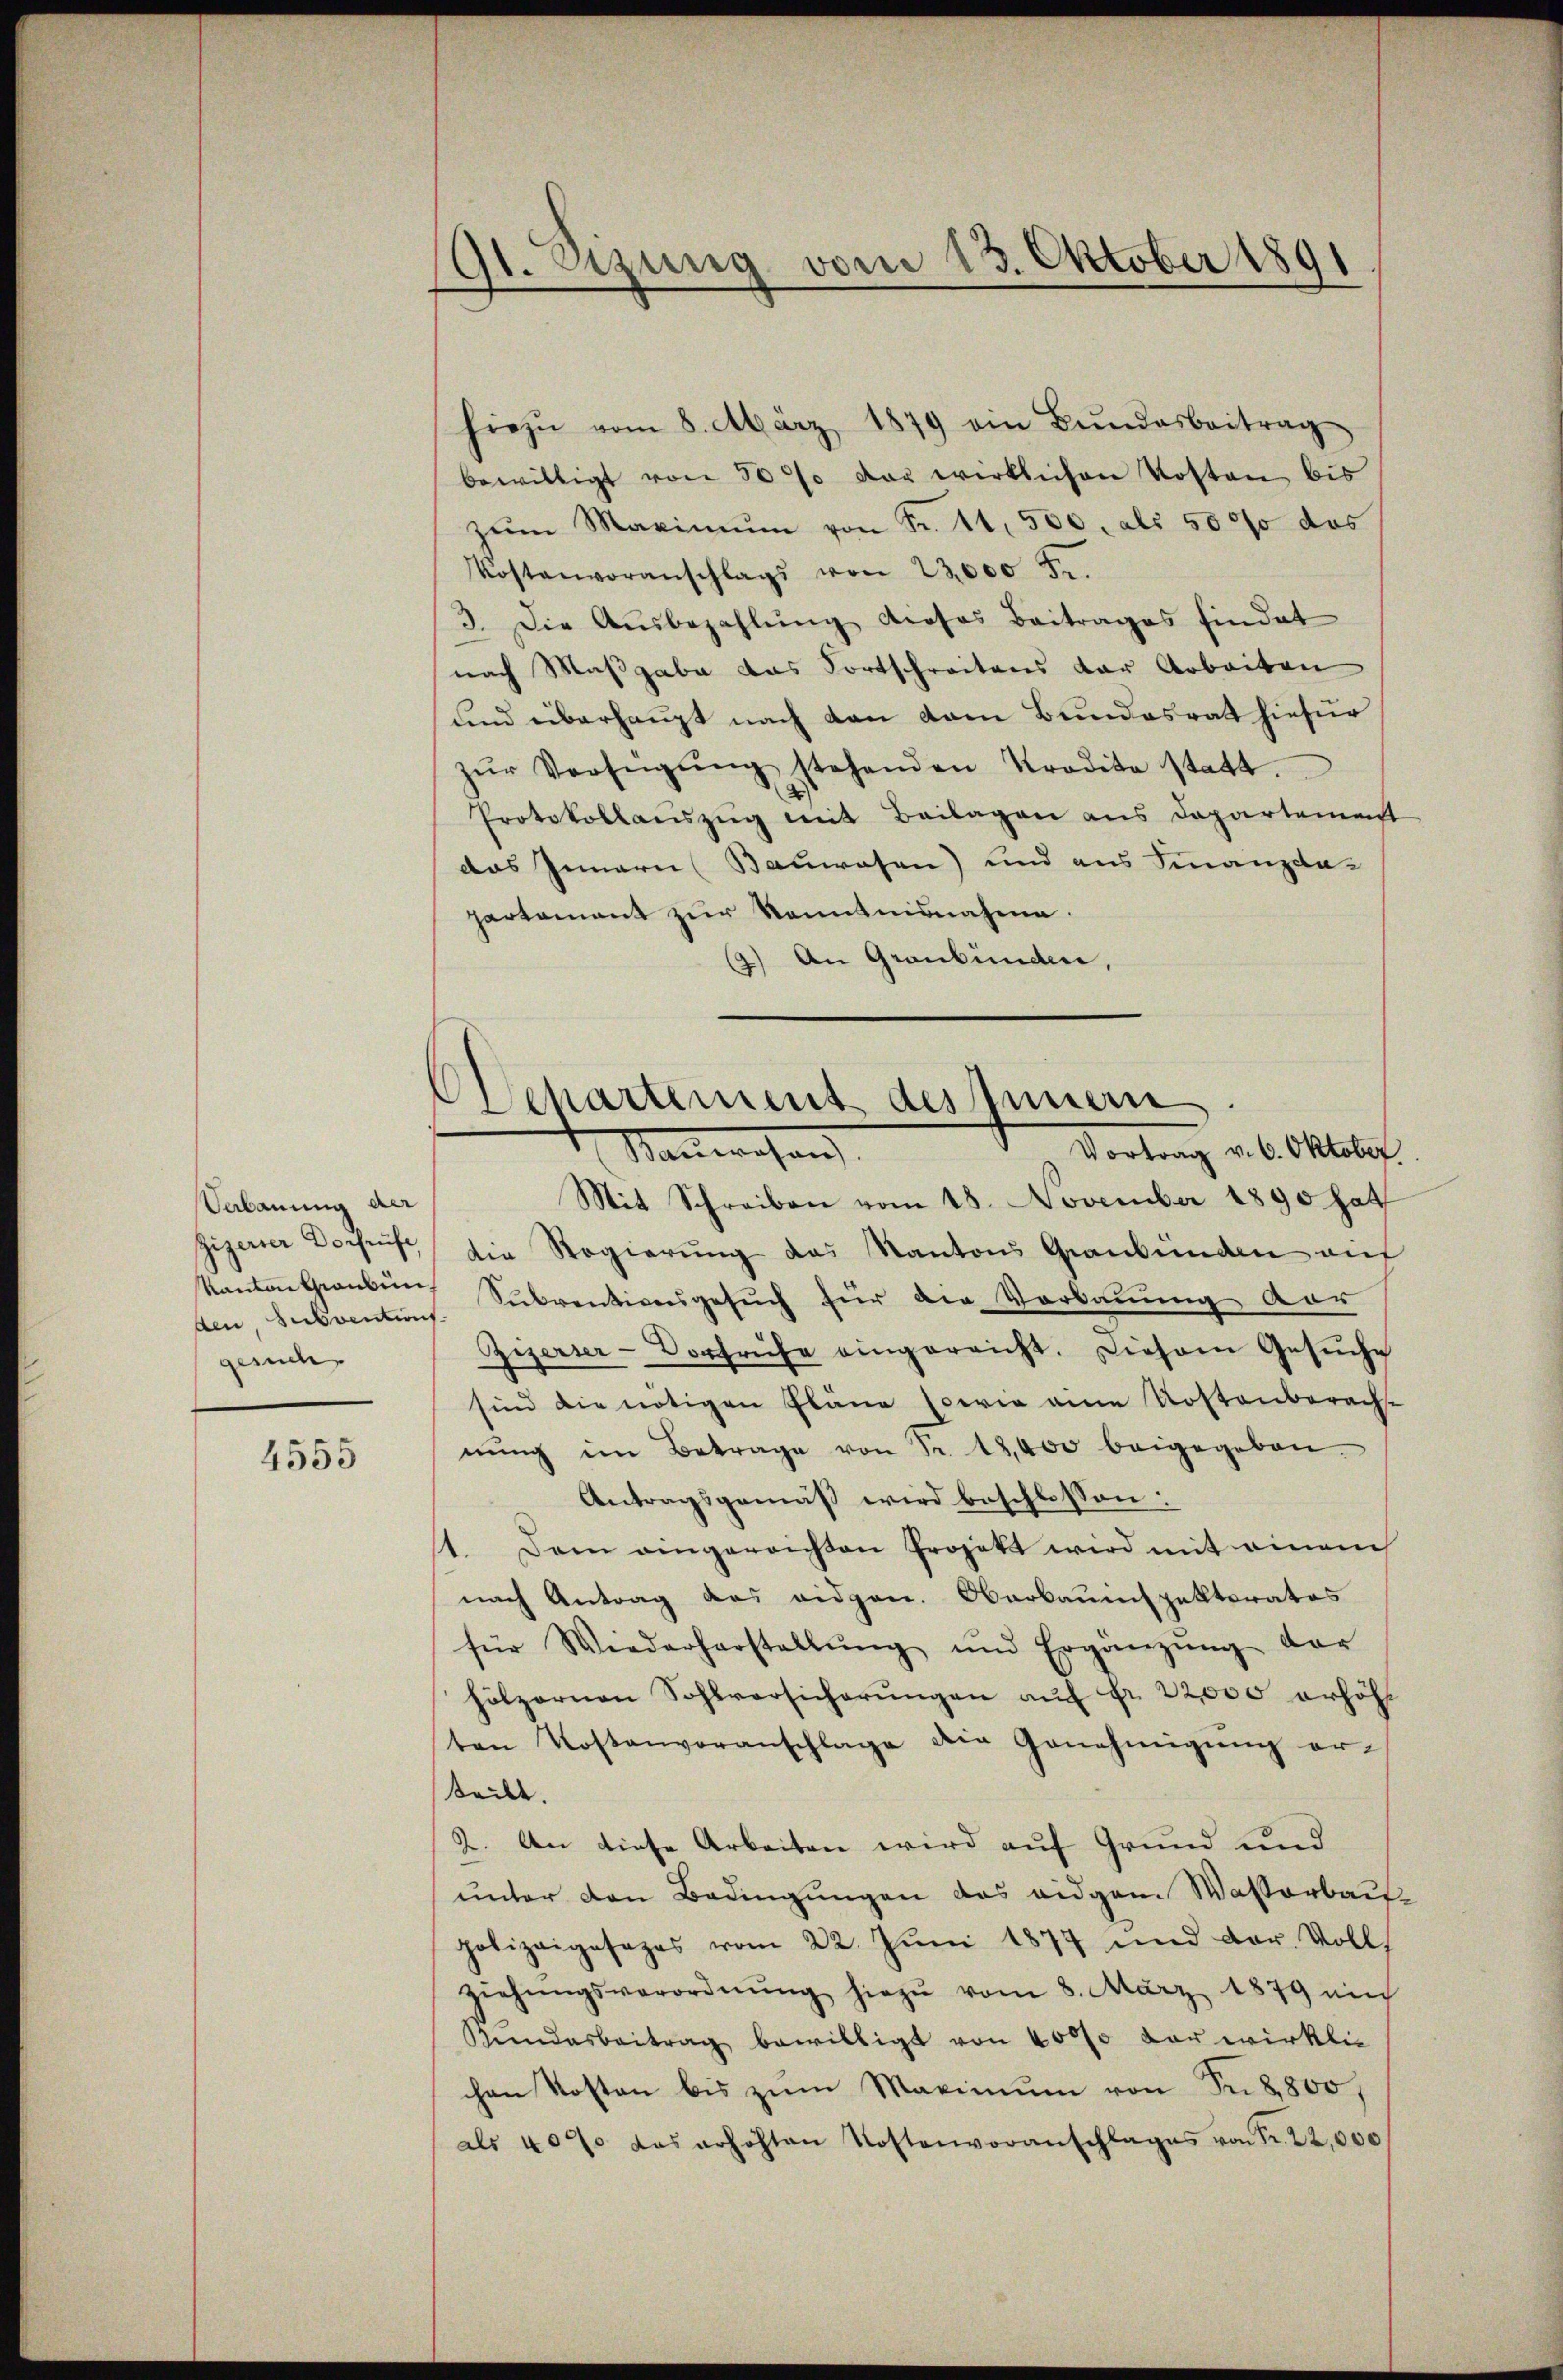
Verbauung der
Gigerter Dorfrüfe,
Kanton Graubün
den Subventions
gesuch

4555

91. Szung vom 13. Oktober 1891

hiezu vom 8. März 1879 ein Bŭndesbeitrag
bewilligt von 50 % der wirklichen Kosten bis
zŭm Maximŭm von Fr. 11. 500. als 5000 das
Kostenvoranschlags von 23,000 f.
3. Die Aŭsbezahlŭng dieses Beitrages findet
nach Maßgabe das Fortschreitens der Arbeiten
und überhaupt nach den vom Bundesrat hiefür
zŭr Verfügŭng stehenden Kredita statt.
Protokollauszug mit Beilagen aus Departement
das Innern Bauwesen) und aus Finanzda-
partament zŭr Kenntnisnahme.
1) An Graubünden,

SSchartement des Innern
Vortrag v. 6. Oktober.
Manwesen

Mit Schreiben vom 18. November 1890 hat
die Regierung des Kantons Graubünden am
Subventionsgesuch für die Verbauung vor
Zizerser-Vorfrühe eingereicht. Diesem Gesŭche
sind die nötigen Pläne sowie eine Kostenberachse
nŭng im Betrage von Fr. 18,000 beigegeben.
Antragsgemäß wird beschlossen:
1. Dem angereißen Projekt wird mit einem
nach Antrag das eidgen. Oberbauinspektoratos
für Wiederherstellŭng und Ergänzŭng dar
hölzernen Sohlversicherŭngen aŭf Fr. 22000 erhöht
ten Kostenvoranschlage die Genehmigŭng er-
steilt.
2. An diese Arbeiten wird auf Grund und
ŭnter den Bedingungen das eidgem Wasserbau-
polizeigesages vom 22. Jŭni 1877 und dar. Voll
ziehŭngsverordnŭng hiezŭ vom 8. März 1879 ein
Gŭndesbeitrag bewilligt von 40000 der wirklic
chen Kosten bis zum Maximum von Sr 8800,
als 407 das erhöhten Kostenvoranschlages von Fr. 22,000